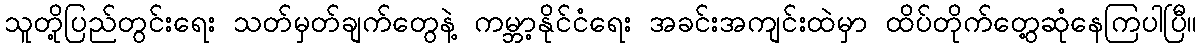
သူတို့ပြည်တွင်းရေး သတ်မှတ်ချက်တွေနဲ့ ကမ္ဘာ့နိုင်ငံရေး အခင်းအကျင်းထဲမှာ ထိပ်တိုက်တွေ့ဆုံနေကြပါပြီ။